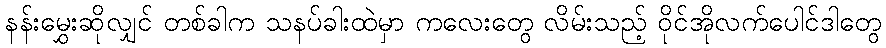
နန်းမွှေးဆိုလျှင် တစ်ခါက သနပ်ခါးထဲမှာ ကလေးတွေ လိမ်းသည့် ဝိုင်အိုလက်ပေါင်ဒါတွေ